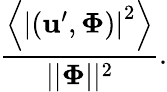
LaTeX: \frac{\left<\left|(\mathbf{u}^{\prime},\boldsymbol{\Phi})\right|^{2}\right>}{||\boldsymbol{\Phi}||^{2}}.